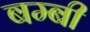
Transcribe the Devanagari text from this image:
बम्बी